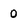
Character: O